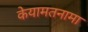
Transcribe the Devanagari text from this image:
केयामतनामा